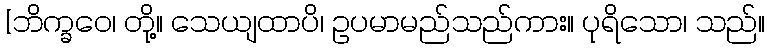
[ဘိက္ခဝေ၊ တို့။ သေယျထာပိ၊ ဥပမာမည်သည်ကား။ ပုရိသော၊ သည်။